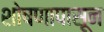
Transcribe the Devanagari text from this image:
शोषणापासून